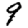
Digit: 9